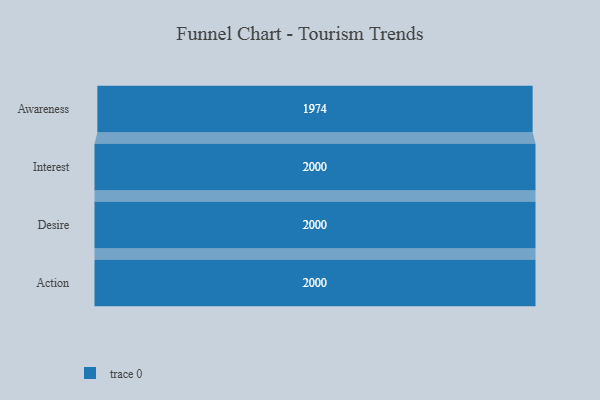
{"axis": {"x": "Stage", "y": "Value"}, "legend": [""], "data": [{"x": "Awareness", "y": 1974.0, "type": ""}, {"x": "Interest", "y": 2000, "type": ""}, {"x": "Desire", "y": 2000, "type": ""}, {"x": "Action", "y": 2000, "type": ""}]}